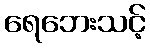
ရေဘေးသင့်